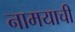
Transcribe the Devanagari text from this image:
नामयाची